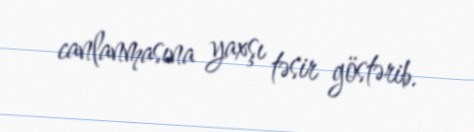
canlanmasına yaxşı təsir göstərib.